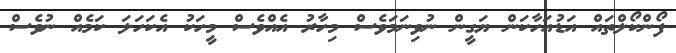
ފޯންކޯލްތައް އަޑުއަހާކަން ޔަގީން ނުވިނަމަވެސް މިހާރު އެއްވެސް މީހަކު އެކަހަލަ ކަމެއް ނުވެސް